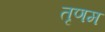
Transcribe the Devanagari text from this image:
तृणम